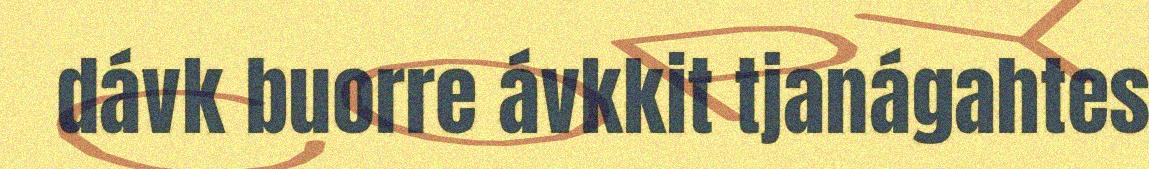
dávk buorre ávkkit tjanágahtes